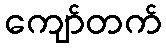
ကျော်တက်